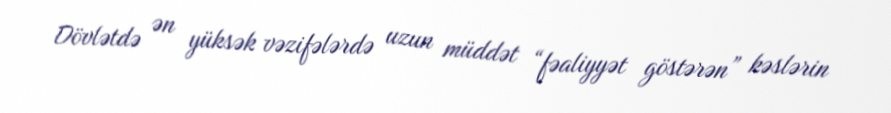
Dövlətdə ən yüksək vəzifələrdə uzun müddət “fəaliyyət göstərən” kəslərin